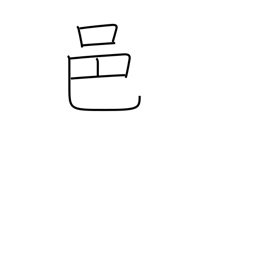
Meaning: rural community